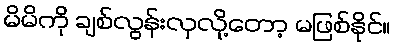
မိမိကို ချစ်လွန်းလှလို့တော့ မဖြစ်နိုင်။